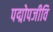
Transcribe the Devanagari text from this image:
पद्मोपजीवि